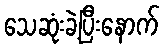
သေဆုံးခဲ့ပြီးနောက်